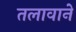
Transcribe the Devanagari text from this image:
तलावाने